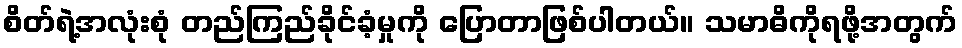
စိတ်ရဲ့အလုံးစုံ တည်ကြည်ခိုင်ခံ့မှုကို ပြောတာဖြစ်ပါတယ်။ သမာဓိကိုရဖို့အတွက်